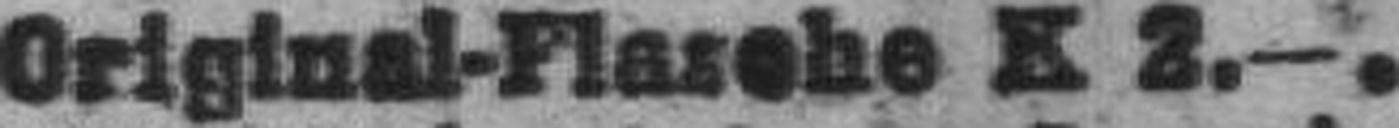
Original-Flasche K 2.—.